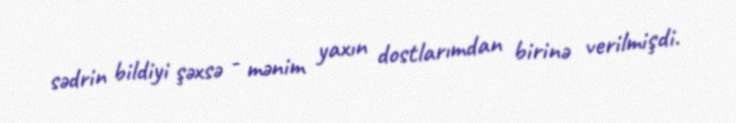
sədrin bildiyi şəxsə - mənim yaxın dostlarımdan birinə verilmişdi.